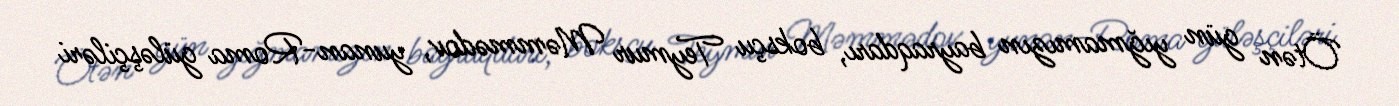
Ötən gün yığmamızın bayraqdarı, boksçu Teymur Məmmədov, yunan-Roma güləşçiləri